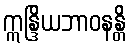
ဣန္ဒြိယဘာဝနန္တိ